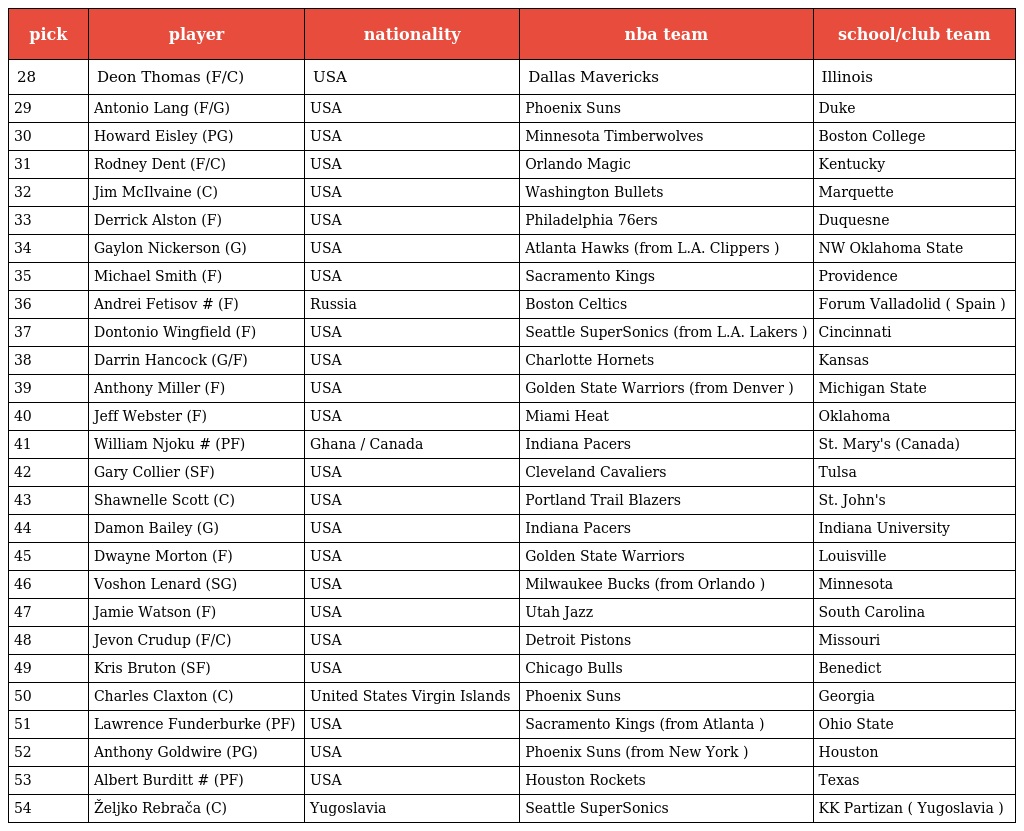
| pick | player | nationality | nba team | school/club team |
 | --- | --- | --- | --- | --- |
 | 28 | Deon Thomas (F/C) | USA | Dallas Mavericks | Illinois |
 | 29 | Antonio Lang (F/G) | USA | Phoenix Suns | Duke |
 | 30 | Howard Eisley (PG) | USA | Minnesota Timberwolves | Boston College |
 | 31 | Rodney Dent (F/C) | USA | Orlando Magic | Kentucky |
 | 32 | Jim McIlvaine (C) | USA | Washington Bullets | Marquette |
 | 33 | Derrick Alston (F) | USA | Philadelphia 76ers | Duquesne |
 | 34 | Gaylon Nickerson (G) | USA | Atlanta Hawks (from L.A. Clippers ) | NW Oklahoma State |
 | 35 | Michael Smith (F) | USA | Sacramento Kings | Providence |
 | 36 | Andrei Fetisov # (F) | Russia | Boston Celtics | Forum Valladolid ( Spain ) |
 | 37 | Dontonio Wingfield (F) | USA | Seattle SuperSonics (from L.A. Lakers ) | Cincinnati |
 | 38 | Darrin Hancock (G/F) | USA | Charlotte Hornets | Kansas |
 | 39 | Anthony Miller (F) | USA | Golden State Warriors (from Denver ) | Michigan State |
 | 40 | Jeff Webster (F) | USA | Miami Heat | Oklahoma |
 | 41 | William Njoku # (PF) | Ghana / Canada | Indiana Pacers | St. Mary's (Canada) |
 | 42 | Gary Collier (SF) | USA | Cleveland Cavaliers | Tulsa |
 | 43 | Shawnelle Scott (C) | USA | Portland Trail Blazers | St. John's |
 | 44 | Damon Bailey (G) | USA | Indiana Pacers | Indiana University |
 | 45 | Dwayne Morton (F) | USA | Golden State Warriors | Louisville |
 | 46 | Voshon Lenard (SG) | USA | Milwaukee Bucks (from Orlando ) | Minnesota |
 | 47 | Jamie Watson (F) | USA | Utah Jazz | South Carolina |
 | 48 | Jevon Crudup (F/C) | USA | Detroit Pistons | Missouri |
 | 49 | Kris Bruton (SF) | USA | Chicago Bulls | Benedict |
 | 50 | Charles Claxton (C) | United States Virgin Islands | Phoenix Suns | Georgia |
 | 51 | Lawrence Funderburke (PF) | USA | Sacramento Kings (from Atlanta ) | Ohio State |
 | 52 | Anthony Goldwire (PG) | USA | Phoenix Suns (from New York ) | Houston |
 | 53 | Albert Burditt # (PF) | USA | Houston Rockets | Texas |
 | 54 | Željko Rebrača (C) | Yugoslavia | Seattle SuperSonics | KK Partizan ( Yugoslavia ) |